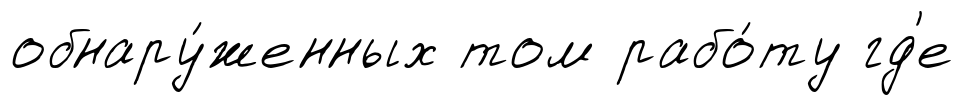
обнару́женных том рабо́ту гд'е